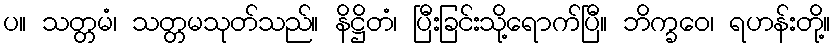
ပ။ သတ္တမံ၊ သတ္တမသုတ်သည်။ နိဋ္ဌိတံ၊ ပြီးခြင်းသို့ရောက်ပြီ။ ဘိက္ခဝေ၊ ရဟန်းတို့။